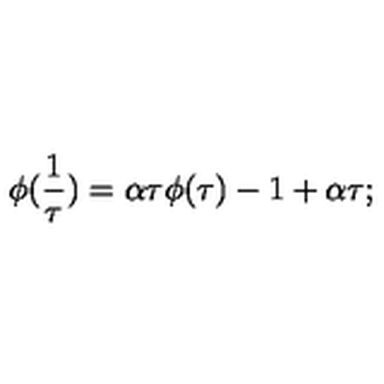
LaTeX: \phi ( \frac { 1 } { \tau } ) = \alpha \tau \phi ( \tau ) - 1 + \alpha \tau ;